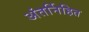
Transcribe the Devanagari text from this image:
अंतर्निहित